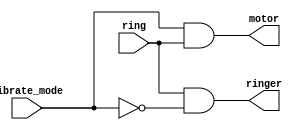
//hardware thinking-reverse
module top_module (
    input ring,
    input vibrate_mode,
    output ringer,       // Make sound
    output motor         // Vibrate
);
   //phone is ringing and phone is in vibrate mode
    assign motor  = vibrate_mode & ring;
  
  //phone is ringing and phone is not in vibrate mode
    assign ringer = ring & ~vibrate_mode; 

endmodule